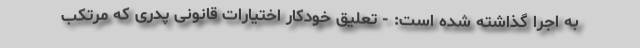
به اجرا گذاشته شده است: - تعلیق خودکار اختیارات قانونیِ پدری که مرتکب